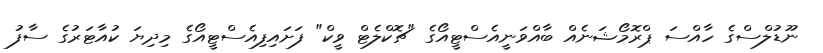
ނޫޑުލްސްގެ ހާއްސަ ޕްރޮމޯޝަނެއް ބާއްވަނީއެސްޓީއޯގެ "ޗޮކްލެޓް ވީކް" ފަށައިފިއެސްޓީއޯގެ މިދިޔަ ކުއާޓަރުގެ ސާފު